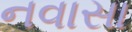
નવાસા